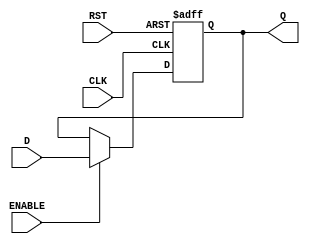
//UNIVERSIDAD DEL VALLE 
//LAB09
//Rodrigo GArca19085

module FFD1 (input CLK, RST, ENABLE, D,
            output reg Q);
        always @ (posedge CLK or posedge RST)begin
            if (RST) begin
                Q <= 1'b0;
            end
            else if (ENABLE) begin
                Q <= D;
            end
        end   
endmodule


module FFJK(input CLK, RST, ENABLE, J, K,
            output wire Q);
        wire A1, A2, NK, NS0, S0, SF0;
        
        not(NK, K);
        not(NS0, S0);
        and(A1, NS0, J);
        and(A2, S0, NK);
        or(SF0, A1, A2);
        
        assign Q = SF0;  
        
        FFD1 BF(CLK, RST, ENABLE, SF0, S0);

endmodule